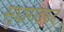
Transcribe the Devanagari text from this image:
सुधागडकडे